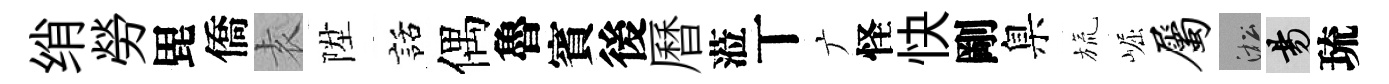
绡勞毘僑𡊮陞話偶魯賓後曆蒞丅广怪快剛臬旒崛属淞昜琉